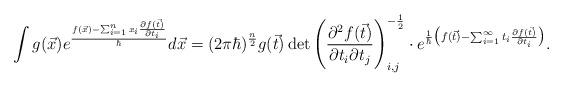
LaTeX: \begin{align*} \int g(\vec{x})e^{\frac{f(\vec{x})-\sum_{i=1}^nx_i\frac{\partial f(\vec{t})}{\partial t_i}}{\hbar}}d\vec{x}=(2\pi\hbar)^{\frac{n}{2}}g(\vec{t}) \det\Bigg(\frac{\partial^2f(\vec{t})}{\partial t_i\partial t_j}\Bigg)_{i,j}^{-\frac{1}{2}} \cdot e^{\frac{1}{\hbar}\big(f(\vec{t})-\sum_{i=1}^{\infty}t_i\frac{\partial f(\vec{t})}{\partial t_i}\big)} . \end{align*}